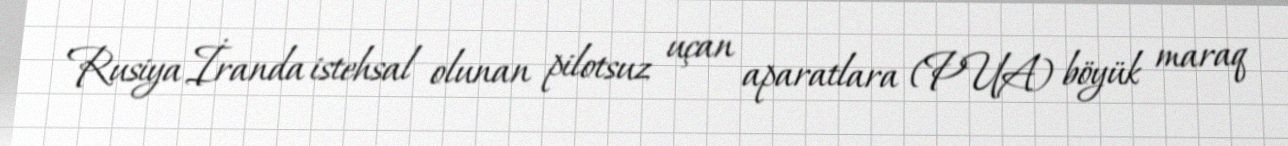
Rusiya İranda istehsal olunan pilotsuz uçan aparatlara (PUA) böyük maraq